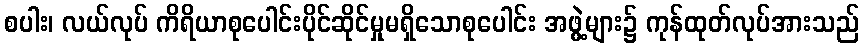
စပါး၊ လယ်လုပ် ကိရိယာစုပေါင်းပိုင်ဆိုင်မှုမရှိသောစုပေါင်း အဖွဲ့များ၌ ကုန်ထုတ်လုပ်အားသည်